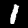
Label: 1